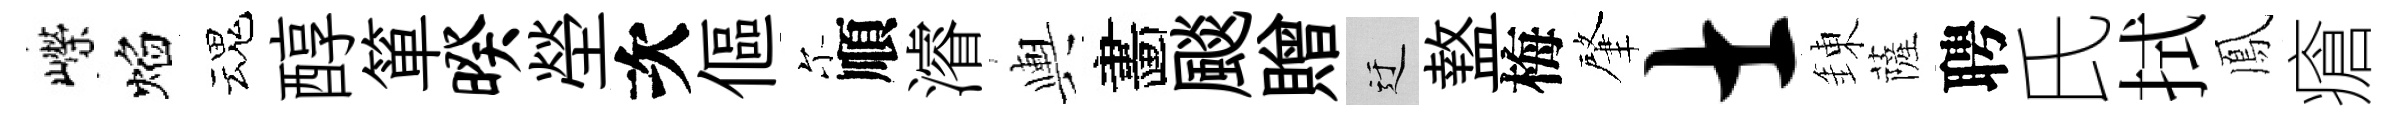
嶸焰魂醇箪暌塋次傴尓順濬輿畵颷贈迂盩梅肇士錬薩聘氏拭鳳瘡